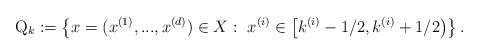
\begin{align*}\mathrm{Q}_{k}:=\left\{ x=(x^{(1)},...,x^{(d)})\in X:\ x^{(i)}\in \left[k^{(i)}-1/2,k^{(i)}+1/2\right) \right\} . \end{align*}